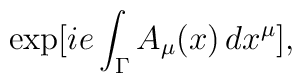
\exp [ i e \int_{\Gamma} A_{\mu}(x) \, dx^{\mu}],